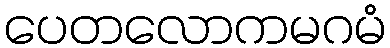
ပေတလောကမဂမံ